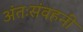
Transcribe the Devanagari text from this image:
अंतःसंवहनी